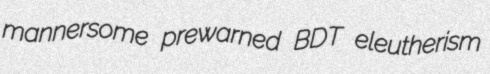
mannersome prewarned BDT eleutherism